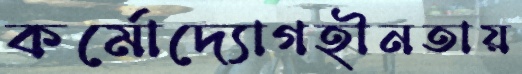
কর্মোদ্যোগহীনতায়